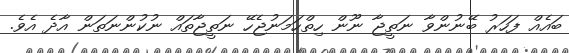
ބައެއް ފަހަރު ބޭނުންވާ ނަތީޖާ ނޫން ހިތްހަމަނުޖެހޭ ނަތީޖާތައް ނުކުންނަތަން އާދެ އެވެ.